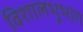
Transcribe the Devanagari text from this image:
विशालभूभाग